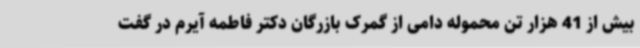
بیش از 41 هزار تن محموله دامی از گمرک بازرگان دکتر فاطمه آیرم در گفت